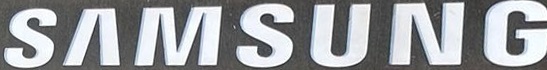
SAMSUNG